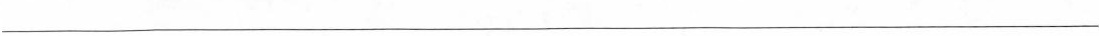
___